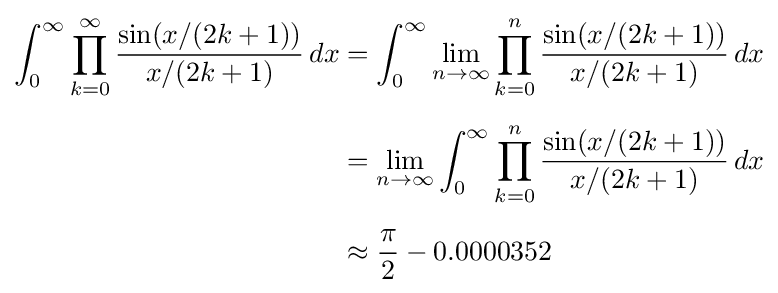
{\begin{aligned}\int _{0}^{\infty }\prod _{k=0}^{\infty }{\frac {\sin(x/(2k+1))}{x/(2k+1)}}\,dx&=\int _{0}^{\infty }\lim _{n\to \infty }\prod _{k=0}^{n}{\frac {\sin(x/(2k+1))}{x/(2k+1)}}\,dx\\[5pt]&=\lim _{n\to \infty }\int _{0}^{\infty }\prod _{k=0}^{n}{\frac {\sin(x/(2k+1))}{x/(2k+1)}}\,dx\\[5pt]&\approx {\frac {\pi }{2}}-0.0000352\end{aligned}}